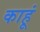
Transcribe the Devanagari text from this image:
काहूं